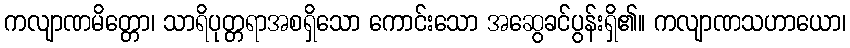
ကလျာဏမိတ္တော၊ သာရိပုတ္တရာအစရှိသော ကောင်းသော အဆွေခင်ပွန်းရှိ၏။ ကလျာဏသဟာယော၊